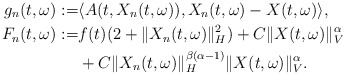
\begin{align*}g_n(t,\omega):= & \langle A(t, X_n(t,\omega)), X_n(t,\omega) - X(t,\omega) \rangle , \\F_n(t,\omega):= & f(t)(2+\Vert X_n(t,\omega)\Vert_H^2) + C\Vert X(t,\omega)\Vert_V^{\alpha} \\& + C \Vert X_n(t,\omega)\Vert_H^{\beta(\alpha-1)} \Vert X(t,\omega)\Vert_V^{\alpha} .\end{align*}